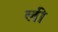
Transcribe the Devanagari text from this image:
ली